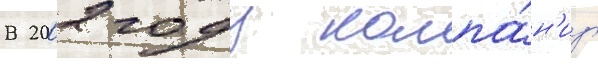
В 2002 году компа́н'иу